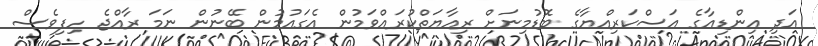
އަދި އިންޑިއާގެ އަސްކަރިއްޔާގެ ބޮޑުމިނަށް ރިއާޔަތްކުރައްވަމުން އެގައުމުން ބޭނުން ނަމަ ރާއްޖެ ހިފިވެސް